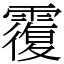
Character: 䨱